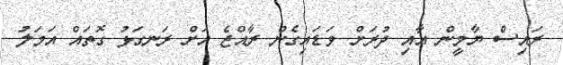
ރައިސް ޔާމީން އާއި ދުރަށް ވަޑައިގެން ރާއްޖެ އަށް ރަނގަޅު ގޮތައް އަމަލު